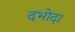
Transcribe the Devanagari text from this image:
दभोदा